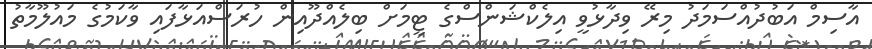
އާސިމް އަބުދުއްސަމަދު މިރޭ ވިދާޅުވީ އިލެކްޝަންސްގެ ޓީމަށް ބިލެއްދޫއިން ހުރަސްއަޅާފައި ވާކަމުގެ މައުލޫމާތު